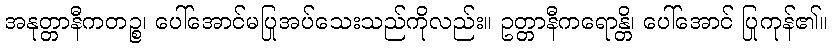
အနုတ္တာနီကတဉ္စ၊ ပေါ်အောင်မပြုအပ်သေးသည်ကိုလည်း။ ဥတ္တာနီကရောန္တိ၊ ပေါ်အောင် ပြုကုန်၏။